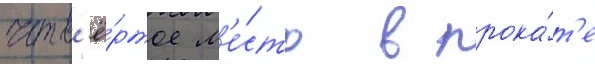
четв'ё́ртое м'е́сто в прока́т'е